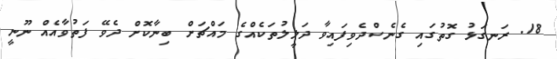
18. ރަނގަޅު ގޮތުގައި ގެނެސްދެވިފައިވާ ދަލީލުތަކެއްގެ މައްޗަށް ބިނާކޮށް ދެވޭ ފަތުވާއެއް ނޫނީ